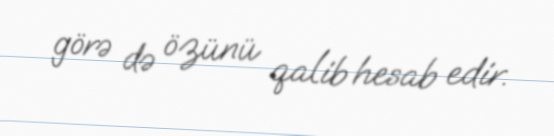
görə də özünü qalib hesab edir.